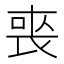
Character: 𭈬